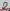
Text: 8